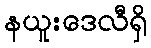
နယူးဒေလီရှိ